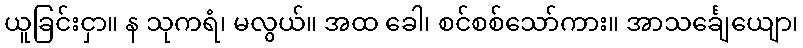
ယူခြင်းငှာ။ န သုကရံ၊ မလွယ်။ အထ ခေါ၊ စင်စစ်သော်ကား။ အာသင်္ချေယျော၊